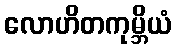
လောဟိတကုမ္ဘိယံ